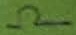
Text: Ω